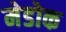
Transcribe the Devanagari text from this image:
मेडोक